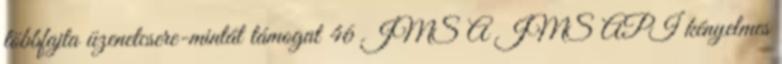
többfajta üzenetcsere-mintát támogat 46 JMS A JMS API kényelmes